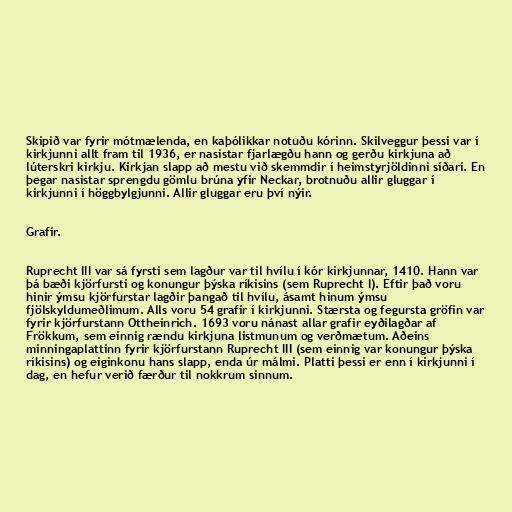
Skipið var fyrir mótmælenda, en kaþólikkar notuðu kórinn. Skilveggur þessi var í
kirkjunni allt fram til 1936, er nasistar fjarlægðu hann og gerðu kirkjuna að
lúterskri kirkju. Kirkjan slapp að mestu við skemmdir í heimstyrjöldinni síðari. En
þegar nasistar sprengdu gömlu brúna yfir Neckar, brotnuðu allir gluggar í
kirkjunni í höggbylgjunni. Allir gluggar eru því nýir.

Grafir.

Ruprecht III var sá fyrsti sem lagður var til hvílu í kór kirkjunnar, 1410. Hann var
þá bæði kjörfursti og konungur þýska ríkisins (sem Ruprecht I). Eftir það voru
hinir ýmsu kjörfurstar lagðir þangað til hvílu, ásamt hinum ýmsu
fjölskyldumeðlimum. Alls voru 54 grafir í kirkjunni. Stærsta og fegursta gröfin var
fyrir kjörfurstann Ottheinrich. 1693 voru nánast allar grafir eyðilagðar af
Frökkum, sem einnig rændu kirkjuna listmunum og verðmætum. Aðeins
minningaplattinn fyrir kjörfurstann Ruprecht III (sem einnig var konungur þýska
ríkisins) og eiginkonu hans slapp, enda úr málmi. Platti þessi er enn í kirkjunni í
dag, en hefur verið færður til nokkrum sinnum.